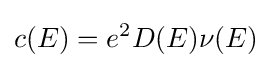
c(E)=e^{2}D(E)\nu (E)